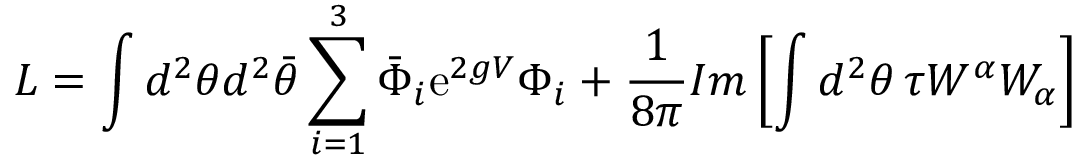
{ \cal { L } } = \int d ^ { 2 } \theta d ^ { 2 } { \bar { \theta } } \sum _ { i = 1 } ^ { 3 } { \bar { \Phi } } _ { i } \mathrm { e } ^ { 2 g V } \Phi _ { i } + \frac { 1 } { 8 \pi } I m \left[ \int d ^ { 2 } \theta \, \tau W ^ { \alpha } W _ { \alpha } \right]